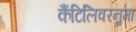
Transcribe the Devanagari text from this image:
कैंटिलिवरनुमा